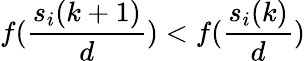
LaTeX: f(\frac{s_{i}(k+1)}{d})<f(\frac{s_{i}(k)}{d})